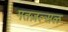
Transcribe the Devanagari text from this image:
मतज़ल्सल